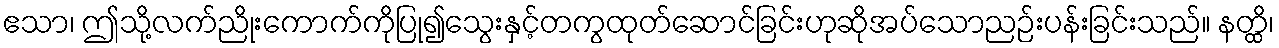
ဧသာ၊ ဤသို့လက်ညိုးကောက်ကိုပြု၍သွေးနှင့်တကွထုတ်ဆောင်ခြင်းဟုဆိုအပ်သောညဉ်းပန်းခြင်းသည်။ နတ္ထိ၊